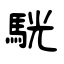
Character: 駫